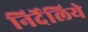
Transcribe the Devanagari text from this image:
निर्देलिये